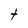
Character: t